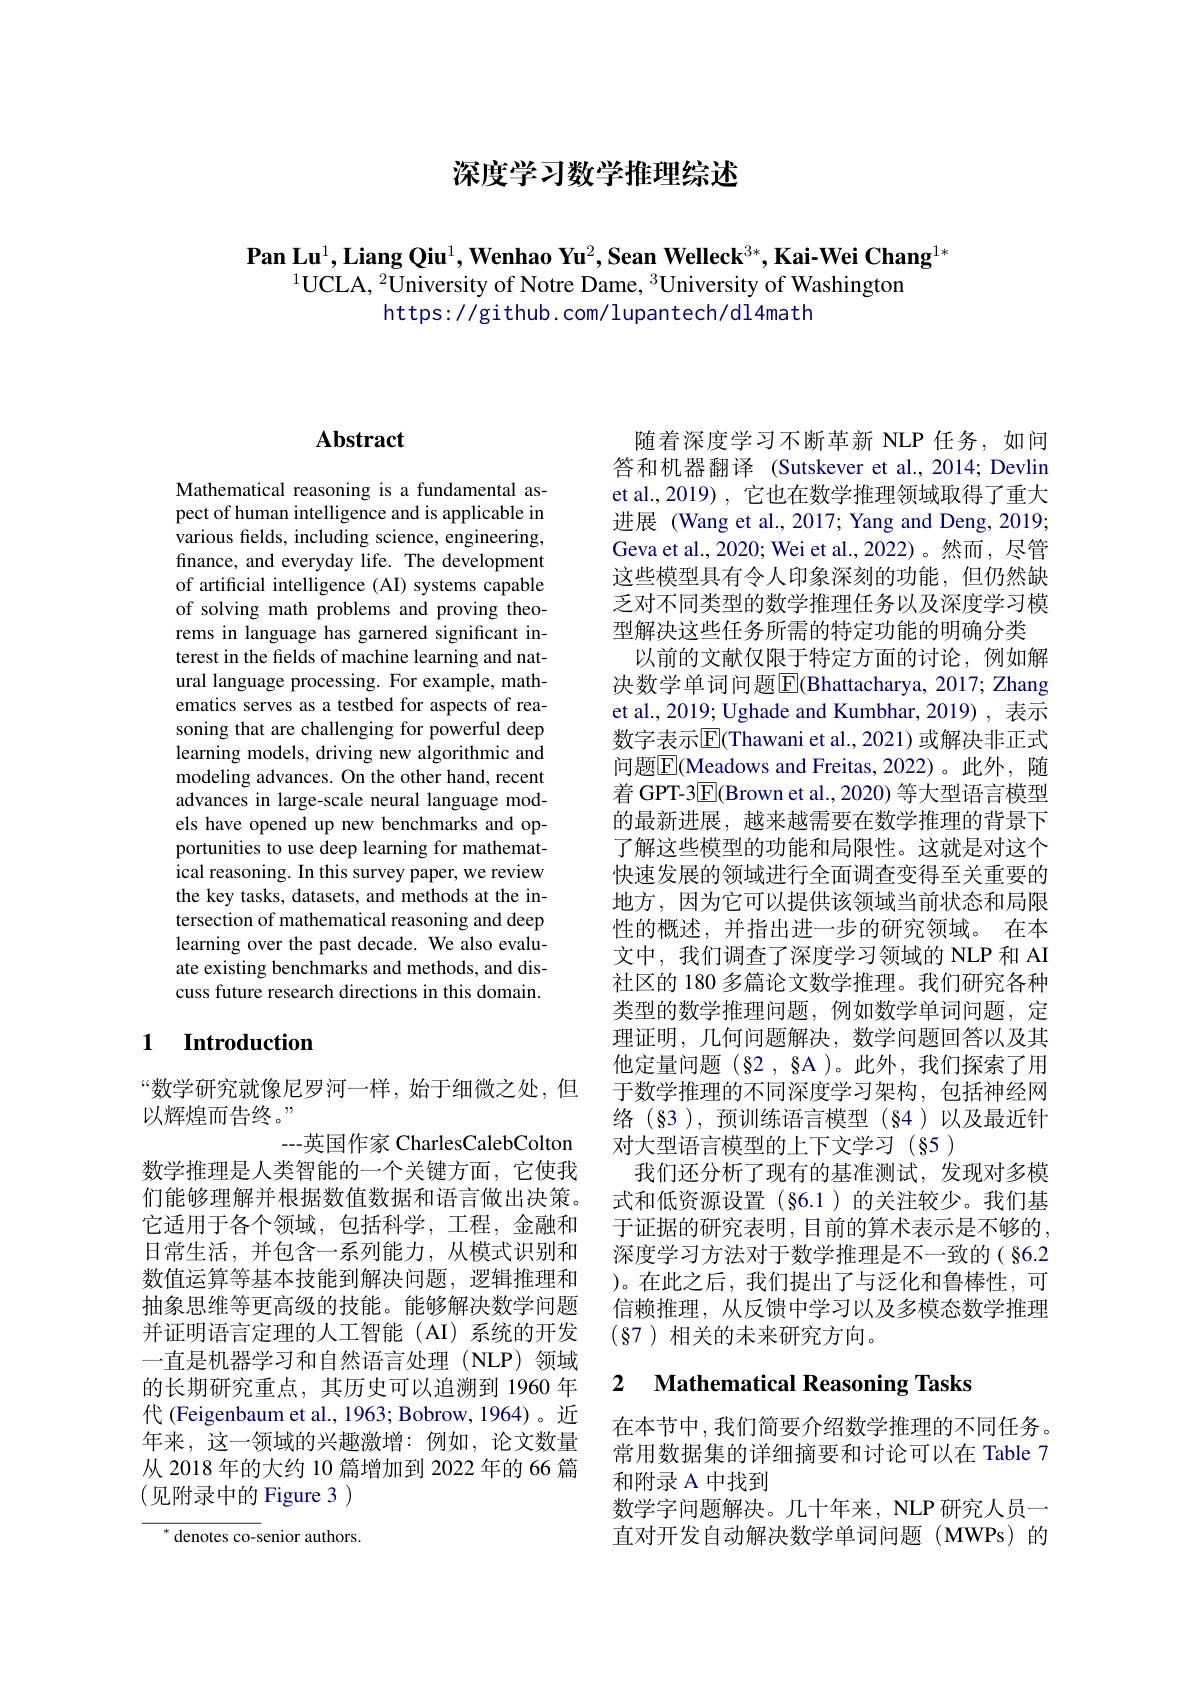
深度学习数学推理综述

Pan Lu$^1$,Liang Qiu$^1,\textbf{Wenhao Yu}^2,\textbf{Sean Welleck}^{3*},\textbf{Kai-Wei Chang}^{1*}$
$^{1}$UCLA, $^2\text{University of Notre Dame, }^3$University of Washington
https: / / github. com/ lupantech/ dl 4math

### $\mathbf{Abstract}$

Mathematical reasoning is a fundamental aspect of human intelligence and is applicable in various felds, including science, engineering, finance, and everyday life. The development of artificial intelligence (AI) systems capable of solving math problems and proving theorems in language has garnered significant interest in the felds of machine learning and natural language processing. For example, mathematics serves as a testbed for aspects of reasoning that are challenging for powerful deep learning models, driving new algorithmic and modeling advances. On the other hand, recent advances in large-scale neural language models have opened up new benchmarks and opportunities to use deep learning for mathematical reasoning. In this survey paper, we review the key tasks, datasets, and methods at the intersection of mathematical reasoning and deep learning over the past decade. We also evaluate existing benchmarks and methods, and discuss future research directions in this domain.

### 1 Introduction

“数学研究就像尼罗河一样，始于细微之处，但
以辉煌而告终。”
---英国作家 CharlesCalebColton
数学推理是人类智能的一个关键方面，它使我们能够理解并根据数值数据和语言做出决策。它适用于各个领域，包括科学，工程，金融和日常生活，并包含一系列能力，从模式识别和数值运算等基本技能到解决问题，逻辑推理和抽象思维等更高级的技能。能够解决数学问题并证明语言定理的人工智能(AI)系统的开发一直是机器学习和自然语言处理(NLP)领域的长期研究重点，其历史可以追溯到 1960 年代 (Feigenbaum et al., 1963; Bobrow, 1964)。近年来，这一领域的兴趣激增：例如，论文数量从 2018 年的大约 10 篇增加到 2022 年的 66 篇(见附录中的 Figure 3)
$^{*}$ denotes co-senior authors.

随着深度学习不断革新 NLP 任务，如问答和机器翻译 (Sutskever et al.,2014; Devlin et al.,2019),它也在数学推理领域取得了重大进展 (Wang et al., 2017; Yang and Deng, 2019; Geva et al., 2020; Wei et al., 2022)。然而，尽管这些模型具有令人印象深刻的功能，但仍然缺乏对不同类型的数学推理任务以及深度学习模型解决这些任务所需的特定功能的明确分类
以前的文献仅限于特定方面的讨论，例如解决数学单词问题$\overline{\mathbb{E}}$(Bhattacharya, 2017; Zhang et al., 2019; Ughade and Kumbhar, 2019) , 表示数字表示$\overline{\mathrm{E}}($Thawani et al., 2021) 或解决非正式问题$\boxed{\mathrm{F}}($Meadows and Freitas,2022)。此外，随着 GPT-3$\overline{\mathrm{E}}($Brown et al.,2020) 等大型语言模型的最新进展，越来越需要在数学推理的背景下了解这些模型的功能和局限性。这就是对这个快速发展的领域进行全面调查变得至关重要的地方，因为它可以提供该领域当前状态和局限性的概述，并指出进一步的研究领域。在本文中，我们调查了深度学习领域的 NLP 和 AI 社区的 180 多篇论文数学推理。我们研究各种类型的数学推理问题，例如数学单词问题，定理证明，几何问题解决，数学问题回答以及其他定量问题$(\S2,\S$A )。此外，我们探索了用于数学推理的不同深度学习架构，包括神经网络(§3),预训练语言模型(§4)以及最近针对大型语言模型的上下文学习(§5)
我们还分析了现有的基准测试，发现对多模式和低资源设置(§6.1)的关注较少。我们基于证据的研究表明，目前的算术表示是不够的， 深度学习方法对于数学推理是不一致的( §6.2 )。在此之后，我们提出了与泛化和鲁棒性，可信赖推理，从反馈中学习以及多模态数学推理$(\S7)$相关的未来研究方向。

## 2 $\textbf{Mathematical Reasoning Tasks}$

在本节中，我们简要介绍数学推理的不同任务。常用数据集的详细摘要和讨论可以在 Table 7和附录 A 中找到
数学字问题解决。几十年来，NLP 研究人员一直对开发自动解决数学单词问题(MWPs)的